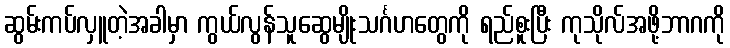
ဆွမ်းကပ်လှူတဲ့အခါမှာ ကွယ်လွန်သူဆွေမျိုးသင်္ဂဟတွေကို ရည်စူးပြီး ကုသိုလ်အဖို့ဘာဂကို